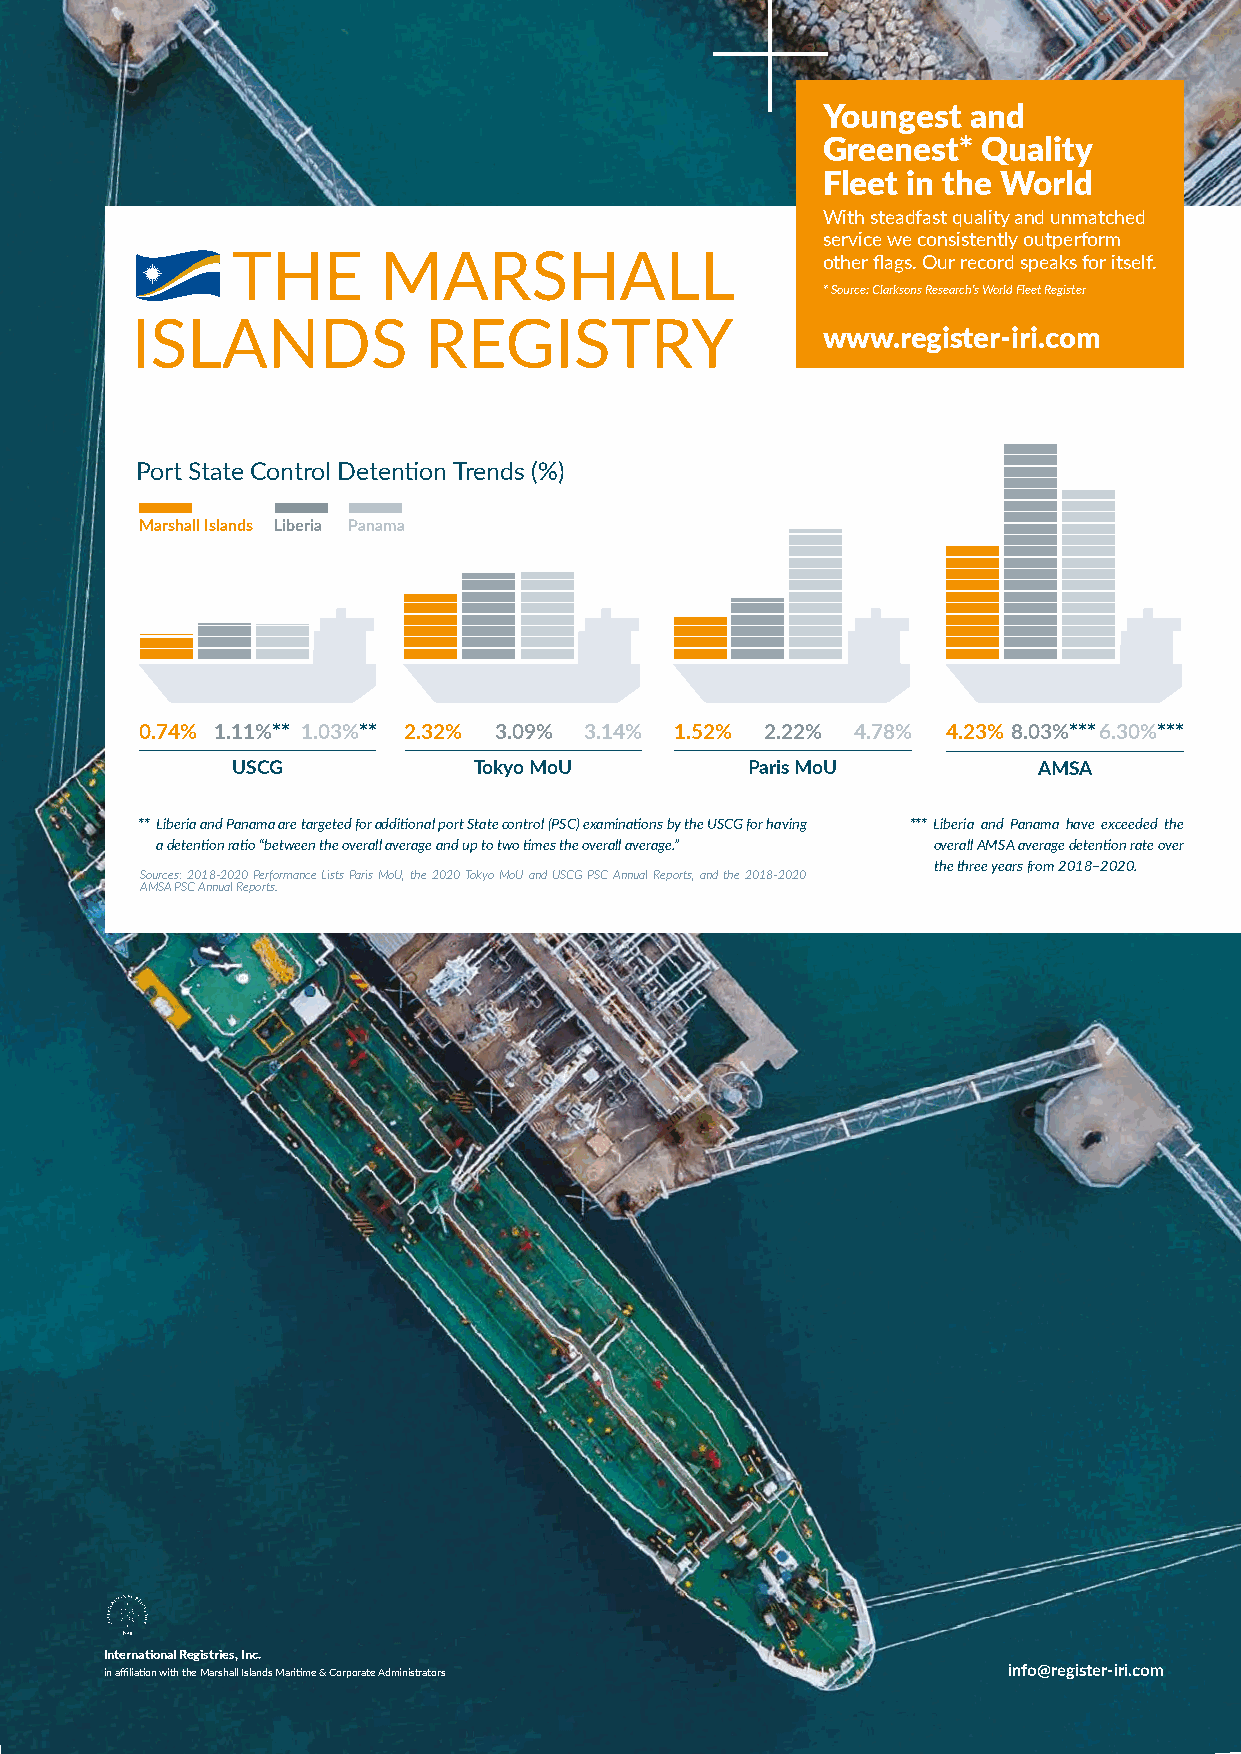
Youngest  and
 Greenest*  Quality
 Fleet in the World
 With steadfast quality and unmatched
 service we consistently outperform
 other flags. Our record speaks for itself.
 * Source: Clarksons Research’s World Fleet Register
 www.register-iri.com
 Port State Control Detention Trends (%)
 Marshall Islands Liberia Panama
 0.74% 1.11%** 1.03%** 2.32% 3.09% 3.14% 1.52% 2.22% 4.78% 4.23% 8.03%***6.30%***
 USCG            Tokyo MoU          Paris MoU          AMSA
 ** Liberia and Panama are targeted for additional port State control (PSC) examinations by the USCG for having *** Liberia and Panama have exceeded the
 a detention ratio “between the overall average and up to two times the overall average.” overall AMSA average detention rate over
 the three years from 2018–2020.
 Sources: 2018-2020 Performance Lists Paris MoU, the 2020 Tokyo MoU and USCG PSC Annual Reports, and the 2018-2020
 AMSA PSC Annual Reports.
 International Registries, Inc.
 in affiliation with the Marshall Islands Maritime & Corporate Administrators
 December 2021 inlf o@TAreNgiKstEeRr-Oirip.ceormator
 2